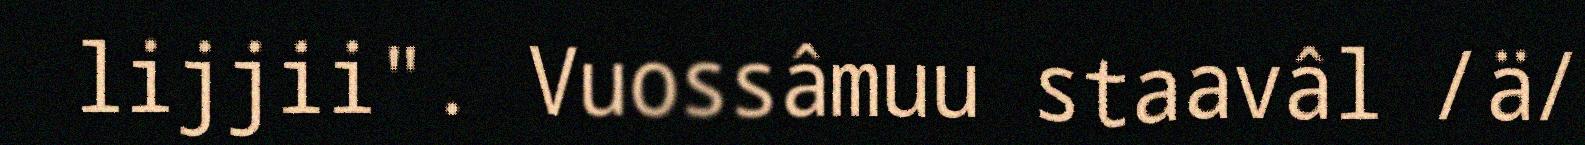
lijjii". Vuossâmuu staavâl /ä/